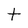
Character: t